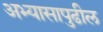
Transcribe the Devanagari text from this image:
अभ्यासापुढील